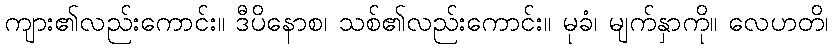
ကျား၏လည်းကောင်း။ ဒီပိနောစ၊ သစ်၏လည်းကောင်း။ မုခံ၊ မျက်နှာကို။ လေဟတိ၊